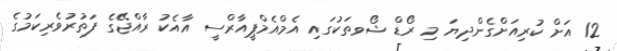
12 އަށް ކުރިއަށްގެންދިޔަ މި ރޯޑް ޝޯވތަކުގައި އެމްއެމްޕީއާރްސީ އާއެކު ރާއްޖޭގެ ފަތުރުވެރިކަމުގެ